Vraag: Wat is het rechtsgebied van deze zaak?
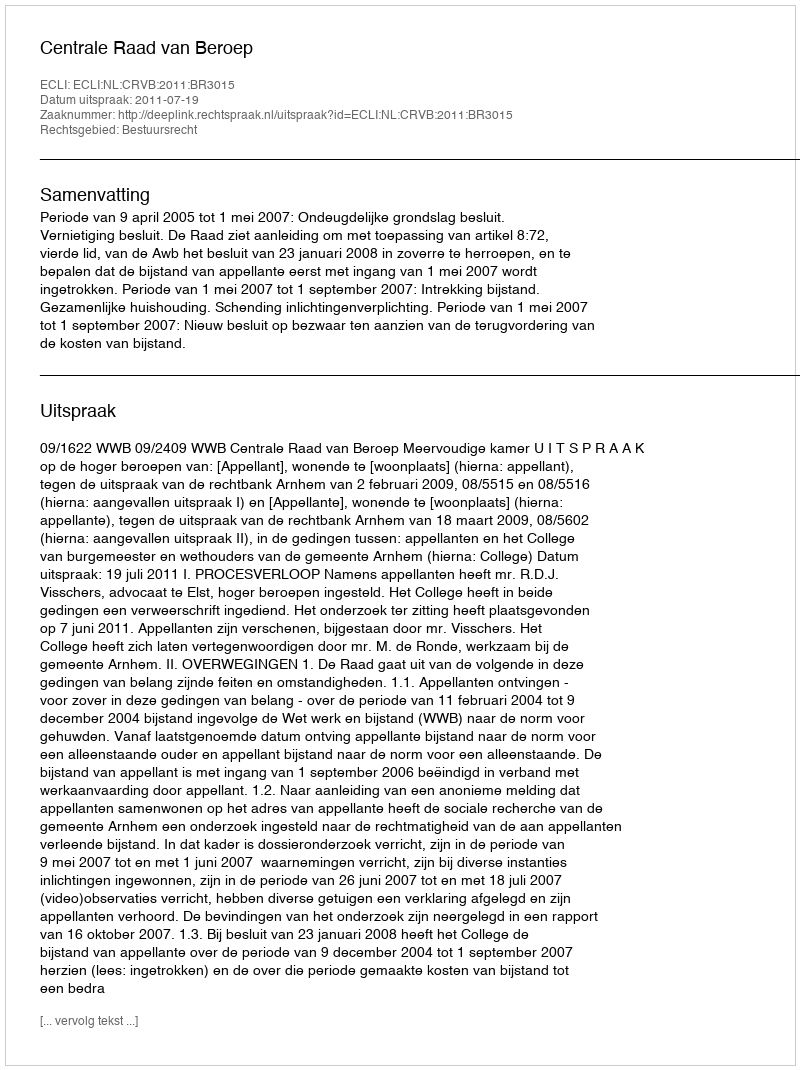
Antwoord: Bestuursrecht